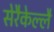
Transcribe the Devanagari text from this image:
सेरैकेल्लै